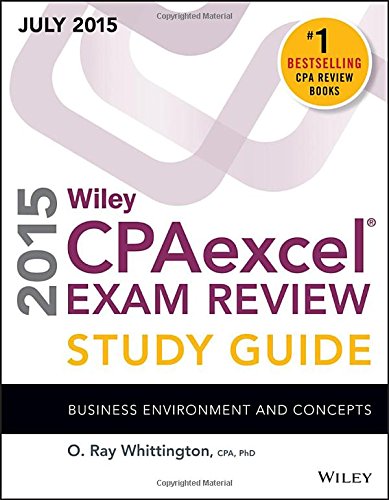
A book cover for Wiley CPAexcel Exam Review 2015 Study Guide July: Business Environment and Concepts (Wiley Cpa Exam Review); O. Ray Whittington; Test Preparation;